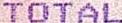
TOTAL